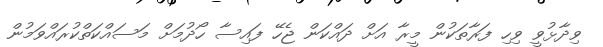
ވިދާޅުވީ ވިހި ފަރާތަކުން މީރާ އަށް ދައްކަން ޖެހޭ ފައިސާ ހޯދުމަށް މަސައްކަތްކުރައްވަމުން